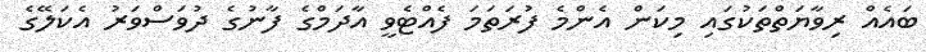
ބައެއް ރިވާޔަތްތަކުގައި މިކަން އެންމެ ފުރަތަމަ ފެއްޓެވީ އާދަމްގެ ފާނުގެ ދުވަސްވަރު އެކަލޭގެ